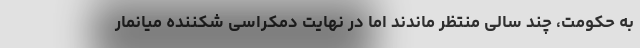
به حکومت، چند سالی منتظر ماندند اما در نهایت دمکراسی شکننده میانمار